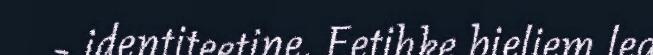
- identiteetine. Eetihke bieliem lea